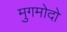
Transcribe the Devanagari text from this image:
मुगमोदो